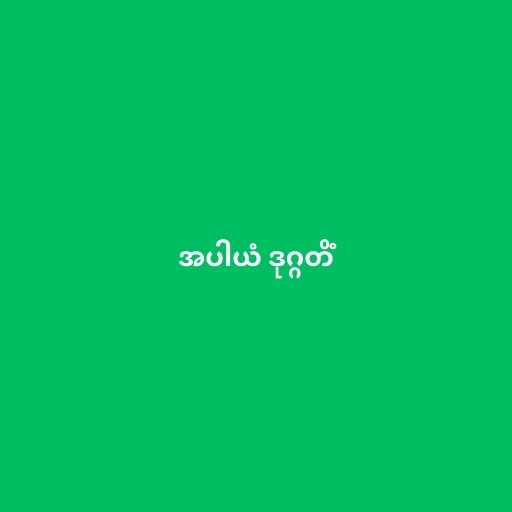
အပါယံ ဒုဂ္ဂတိံ